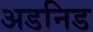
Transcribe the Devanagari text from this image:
अडनिड